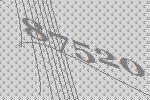
87520